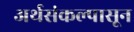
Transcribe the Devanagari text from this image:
अर्थसंकल्पासून